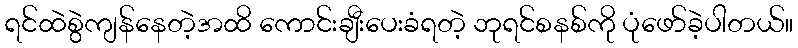
ရင်ထဲစွဲကျန်နေတဲ့အထိ ကောင်းချီးပေးခံရတဲ့ ဘုရင်စနစ်ကို ပုံဖော်ခဲ့ပါတယ်။